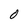
Character: O